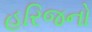
હરિજનો